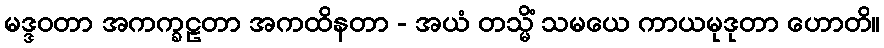
မဒ္ဒဝတာ အကက္ခဠတာ အကထိနတာ - အယံ တသ္မိံ သမယေ ကာယမုဒုတာ ဟောတိ။